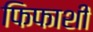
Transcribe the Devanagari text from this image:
फिफाशी